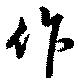
作